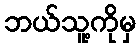
ဘယ်သူ့ကိုမှ